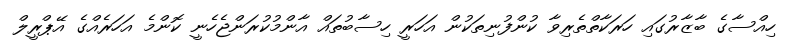
ހިއްސާގެ ބާޒާރުގައި ހަރަކާތްތެރިވާ ކުންފުނިތަކުން އަހަރީ ހިސާބުތައް އާންމުކުރަންޖެހެނީ ކޮންމެ އަހަރެއްގެ އޭޕްރީލް